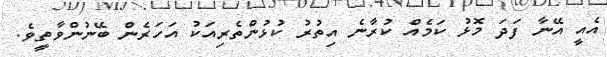
އެއީ އޭނާ ފަދަ މޮޅު ކަމެއް ކުރާނެ އިތުރު ކުޅުންތެރިއަކު އަހަރެން ބޭނުންވާތީވެ.